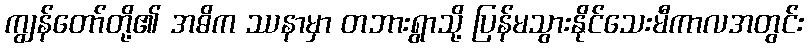
ကျွန်တော်တို့၏ အဓိက ဿနာမှာ တဘားရွာသို့ ပြန်မသွားနိုင်သေးမီကာလအတွင်း